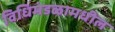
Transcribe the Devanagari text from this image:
विधिमंडळामधील